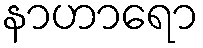
နာဟာရော